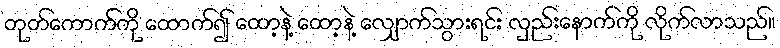
တုတ်ကောက်ကို ထောက်၍ ထော့နဲ့ ထော့နဲ့ လျှောက်သွားရင်း လှည်းနောက်ကို လိုက်လာသည်။